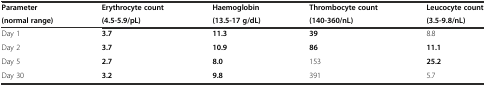
| Parameter | Erythrocyte count | Haemoglobin | Thrombocyte count | Leucocyte count |
 | (normal range) | (4.5-5.9/pL) | (13.5-17 g/dL) | (140-360/nL) | (3.5-9.8/nL) |
 | --- | --- | --- | --- | --- |
 | Day 1 | 3.7 | 11.3 | 39 | 8.8 |
 | Day 2 | 3.7 | 10.9 | 86 | 11.1 |
 | Day 5 | 2.7 | 8.0 | 153 | 25.2 |
 | Day 30 | 3.2 | 9.8 | 391 | 5.7 |